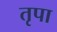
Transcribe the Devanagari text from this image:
तृपा